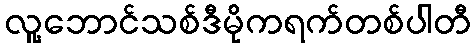
လူ့ဘောင်သစ်ဒီမိုကရက်တစ်ပါတီ